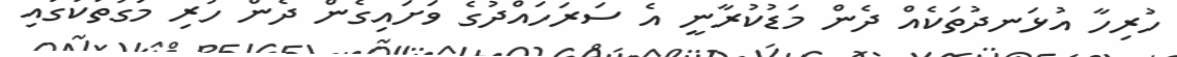
ހުރިހާ އުޅަނދުތަކެއް ދެން މަޑުކުރާނީ އެ ސަރަހައްދުގެ ވަށައިގެން ދެން ހުރި މަގުތަކުގައި